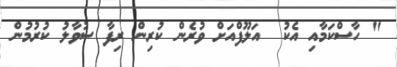
" ހާސްކަމާއި އެކު  އަލޫފްއަށް ވުރެން ކުރިން ރިފާ ސުވާލު ކުރުމުން